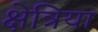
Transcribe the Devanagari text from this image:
क्षेत्रिया